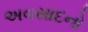
અવસાદનો